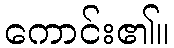
ကောင်း၏။